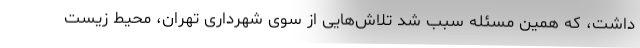
داشت، که همین مسئله سبب شد تلاش‌هایی از سوی شهرداری تهران، محیط زیست